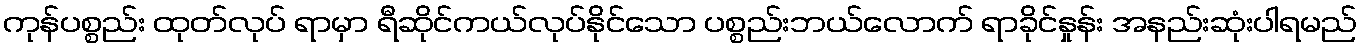
ကုန်ပစ္စည်း ထုတ်လုပ် ရာမှာ ရီဆိုင်ကယ်လုပ်နိုင်သော ပစ္စည်းဘယ်လောက် ရာခိုင်နှုန်း အနည်းဆုံးပါရမည်